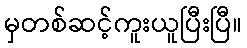
မှတစ်ဆင့်ကူးယူပြီးပြီ။